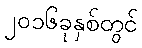
၂၀၁၆ခုနှစ်တွင်